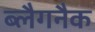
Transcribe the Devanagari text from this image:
ब्लैगनैक